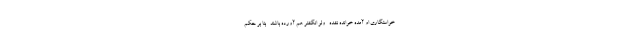
خواستگاری او آمده خوانده نشده -ولو انگشتر هم آورده باشند- بنا بر حکم